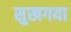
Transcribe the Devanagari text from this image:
सुखगया